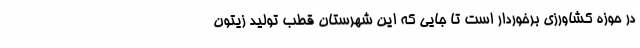
در حوزه کشاورزی برخوردار است تا جایی که این شهرستان قطب تولید زیتون